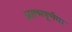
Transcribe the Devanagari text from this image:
आत्मपूर्णता